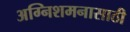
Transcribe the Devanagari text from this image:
अग्निशमनासाठी